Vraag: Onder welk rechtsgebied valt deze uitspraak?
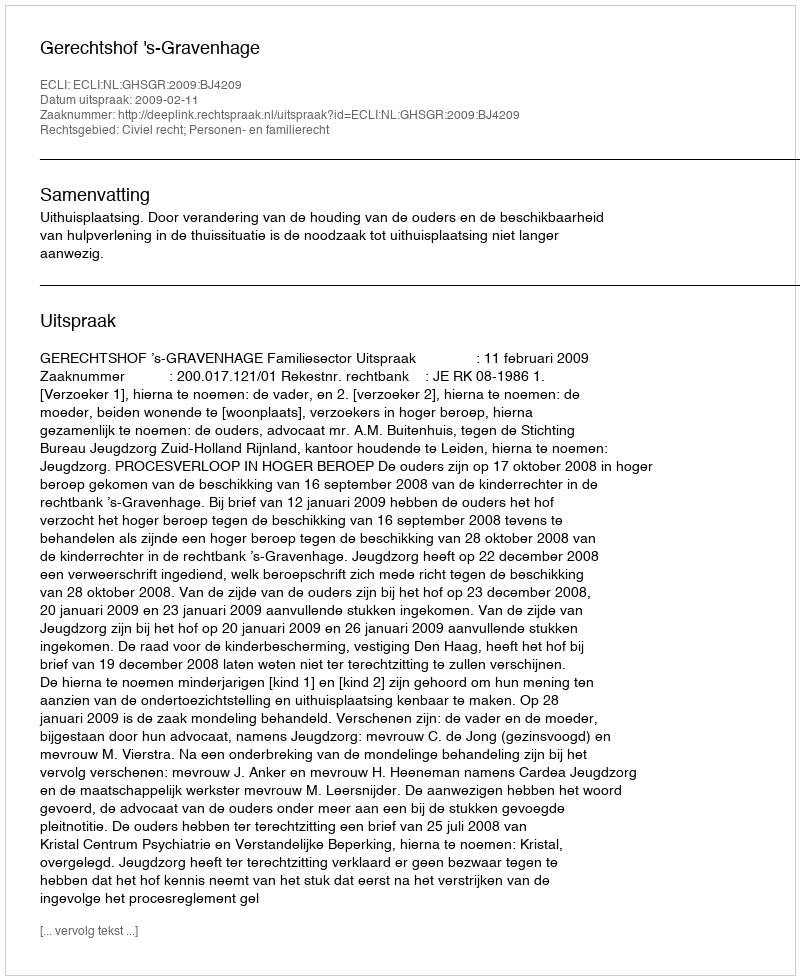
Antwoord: Civiel recht; Personen- en familierecht